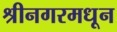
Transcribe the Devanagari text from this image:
श्रीनगरमधून